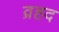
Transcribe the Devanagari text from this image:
व्रहद